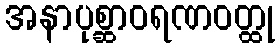
အနာပုစ္ဆာဝရဏဝတ္ထု